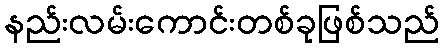
နည်းလမ်းကောင်းတစ်ခုဖြစ်သည်